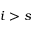
i > s